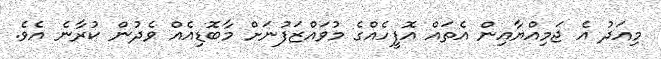
މިއަދު އެ ޖަމިއްޔާއިން އެތައް އޮފީހެއްގެ މުވައްޒަފުނަށް މާބޮޑިއެއް ވެދުން ކުރާނެ އެވެ.